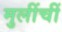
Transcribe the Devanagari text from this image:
मुलींचीं